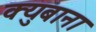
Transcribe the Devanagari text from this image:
क्युबाना